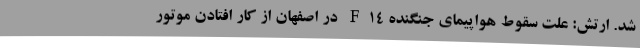
شد. ارتش: علت سقوط هواپیمای جنگنده F14 در اصفهان از کار افتادن موتور